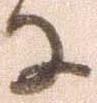
に